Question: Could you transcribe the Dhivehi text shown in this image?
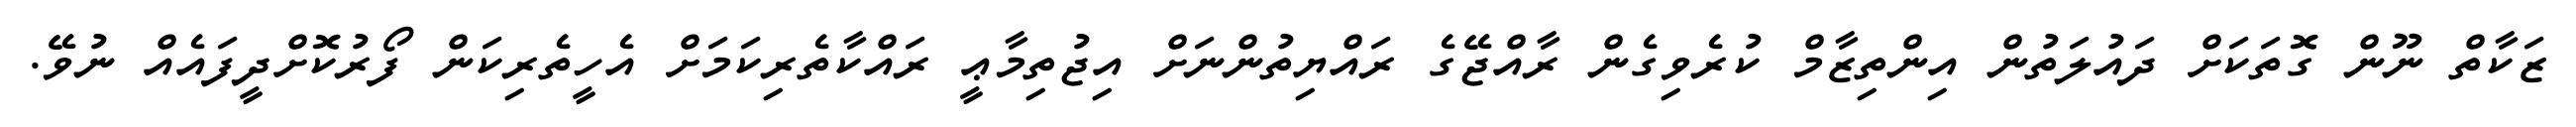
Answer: ޒަކާތް ނޫން ގޮތަކަށް ދައުލަތުން އިންތިޒާމް ކުރެވިގެން ރާއްޖޭގެ ރައްޔިތުންނަށް އިޖުތިމާޢީ ރައްކާތެރިކަމަށް އެހީތެރިކަން ފޯރުކޮށްދީފައެއް ނުވޭ.